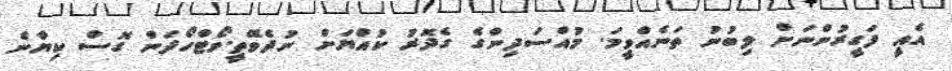
އެއީ ފަގީރުންނަށް ލިބުނު ތަނެއްވީމަ. މުއްސަދިންގެ ގެދޮރު ކުއްޔަަށް ނުދެވޭތީ.ވޯޓްހޯދަން ގޮސް ކިޔާނެ